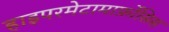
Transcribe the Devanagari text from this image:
हाइपरमेटामार्फ़ोसिस